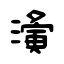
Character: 濥